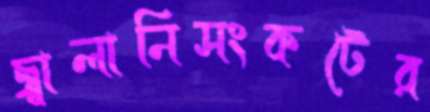
জ্বালানিসংকটের